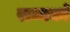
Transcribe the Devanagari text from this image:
राव्यको